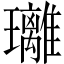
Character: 𤫚